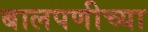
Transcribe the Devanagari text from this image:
बालपणीच्या